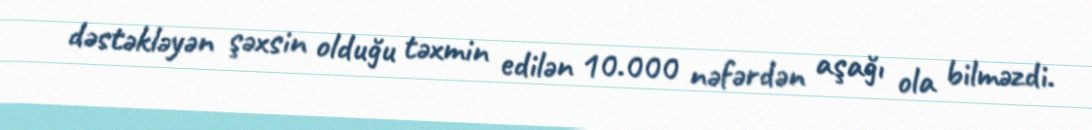
dəstəkləyən şəxsin olduğu təxmin edilən 10.000 nəfərdən aşağı ola bilməzdi.